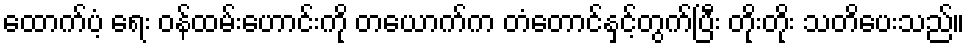
ထောက်ပံ့ ရေး ဝန်ထမ်းဟောင်းကို တယောက်က တံတောင်နှင့်တွက်ပြီး တိုးတိုး သတိပေးသည်။